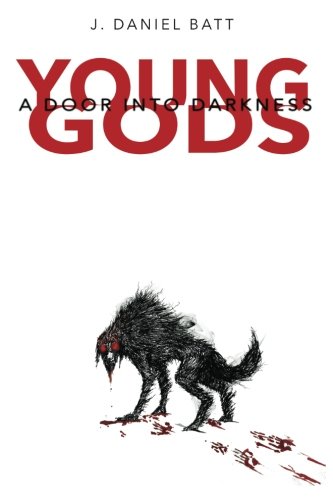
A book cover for Young Gods: A Door Into Darkness (Volume 1); J. Daniel Batt; Science Fiction & Fantasy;